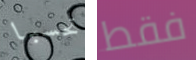
تحسبا فقط